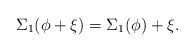
LaTeX: \begin{align*}\Sigma_1(\phi + \xi) = \Sigma_1(\phi) + \xi .\end{align*}